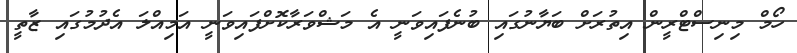
ހޯމް މިނިސްޓްރީން އިތުރަށް ބަޔާނުގައި ބުނެފައިވަނީ އެ މަޝްވަރާކޮށްފައިވަނީ އަމިއްލަ އެދުމުގައި ޒާތީ